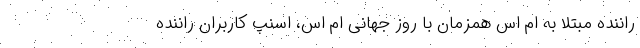
راننده مبتلا به ام اس همزمان با روز جهانی ام اس، اسنپ کاربران راننده